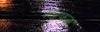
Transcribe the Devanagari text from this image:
रुंडफंक